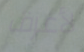
لأعرف